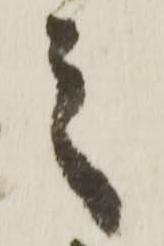
之